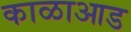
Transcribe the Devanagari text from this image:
काळाआड